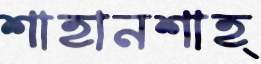
শাহানশাহ্